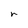
Character: r